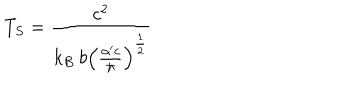
T _ { S } = \frac { c ^ { 2 } } { k _ { B } \: b \left( \frac { \alpha ^ { \prime } c } { \hbar } \right) ^ { \frac { 1 } { 2 } } }